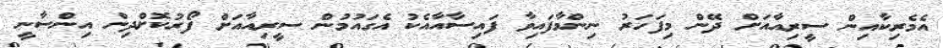
އެމެރިކާއިން ސީރިއާއަށް ދޭން މިފަހަރު ނިންމާފައިވާ ފައިސާއާއެކު އެގައުމުން ސީރިއާއަށް ފޯރުކޮށްދިން އިންސާނީ